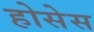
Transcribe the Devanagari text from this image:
होसेस